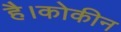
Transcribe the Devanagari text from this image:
है।कोकीन